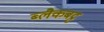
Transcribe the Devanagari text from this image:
ब्लैकबट्ट